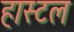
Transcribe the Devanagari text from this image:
हास्‍टल